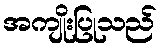
အကျိုးပြုသည်